Indian journal of veterinary science and animal husbandry - Volume 7,
Year: 1937
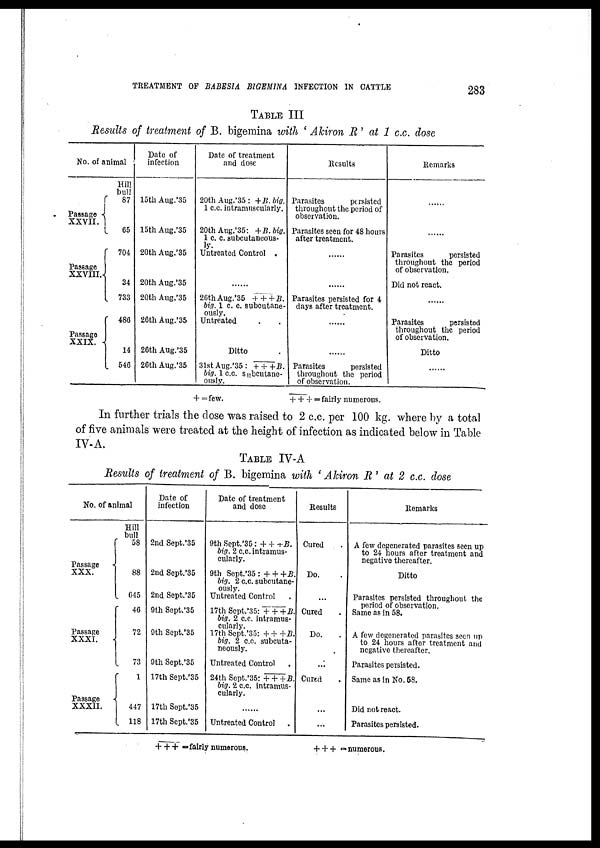
TREATMENT OF BABESIA BIGEMINA INFECTION IN CATTLE
283
TABLE III
Results of treatment of B. bigemina with ' Akiron R ' at 1 c.c. dose
No. of animal
Passage
XXVII. {
Passage
XXVIII.{
Passage
XXIX. {
Hill
bull
87
65
704
34
733
486
14
546
Date of
infection
15th Aug.'35
15th Aug.'35
20th Aug.'35
20th Aug.'35
20th Aug.'35
26th Aug.'35
26th Aug.'35
26th Aug.'35
Date of treatment
and dose
20th Aug. '35 : + B. big.
1 c.c. intramuscularly.
20th Aug. '35: + B.big.
1 c. c. subcutaneous-
ly.
Untreated Control .
......
26thAug.'35 + + + B.
big. 1 c. c. subcutane¬
ously.
Untreated .
Ditto
31st Aug.'35: + + + B.
big. 1 c.c. spontane-
ously.
Results
Parasites
persisted
throughout the period of
observation.
Parasites seen for 48 hours
after treatment.
......
......
Parasites persisted for 4
days after treatment.
......
......
Parasites
persisted
throughout the period
of observation.
Remarks
......
......
Parasites
persisted
throughout the period
of observation.
Did not react.
......
Parasites
persisted
throughout the period
of observation.
Ditto
......
+ = few.
+ + + = fairly numerous.
In further trials the dose was raised to 2 c.c. per 100 kg. where by a total
of five animals were treated at the height of infection as indicated below in Table
IV-A.
TABLE IV-A
Results of treatment of B. bigemina with ' Akiron R ' at 2 c.c. dose
No. of animal
Passage
XXX.
{
Passage
XXXI. {
Passage
XXXII.{
Hill
bull
58
88
645
46
72
73
1
447
118
Date of
infection
2nd Sept.'35
2nd Sept.'35
2nd Sept.'35
9th Sept.'35
9th Sept.'35
9th Sept.'35
17th Sept.'35
17th Sept.'35
17th Sept'35
Date of treatment
and dose
9th Sept.'35 : + + + B.
big. 2 c.c. intramus-
cularly.
9th Sept.'35 : + + + B.
big. 2 c.c. subcutane¬
ously.
Untreated Control .
17th Sept.'35: + + +B.
big. 2 c.c. intramus-
cularly.
17th Sept.'35: + + + B.
big. 2 c.c. subcuta¬
neously.
Untreated Control .
24th Sept.'35: + + +B.
big. 2 c.c. intramus-
cularly.
......
Untreated Control .
Results
Cured .
Do. .
...
Cured .
Do. .
.
...
Cured .
...
...
Remarks
A few degenerated parasites seen up
to 24 hours after treatment and
negative thereafter.
Ditto
Parasites persisted throughout the
period of observation.
Same as in 58.
A few degenerated parasites seen up
to 24 hours after treatment and
negative thereafter.
Parasites persisted.
Same as in No. 58.
Did not react.
Parasites persisted.
+ + + = fairly numerous.
+ + + = numerous.